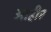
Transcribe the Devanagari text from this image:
आहीर